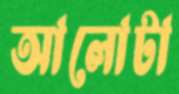
আলোটা